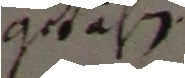
guuh